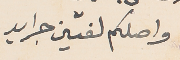
واصلكم لفتين جرايد